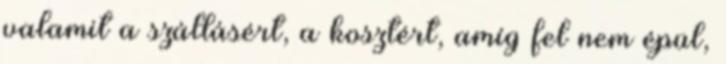
valamit a szállásért, a kosztért, amíg fel nem épül,